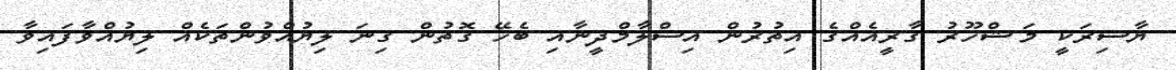
ޔާސިރަކީ މަޝްހޫރު ގާރީއެއްގެ އިތުރުން އިސްލާމްދީނާއި ބެހޭ ގޮތުން ގިނަ ލިޔުއްވުންތަކެއް ލިޔުއްވާފައިވާ